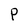
Character: P